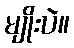
မျိုးပဲ။